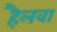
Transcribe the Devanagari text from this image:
हैलवा